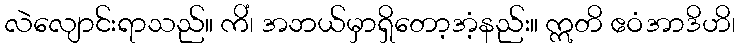
လဲလျောင်းရာသည်။ ကိံ၊ အဘယ်မှာရှိတော့အံ့နည်း။ ဣတိ ဧဝံအာဒိဟိ၊